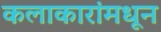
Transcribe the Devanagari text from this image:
कलाकारांमधून